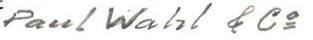
Paul Wahl & Co